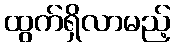
ထွက်ရှိလာမည့်